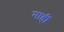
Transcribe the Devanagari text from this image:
माहीं